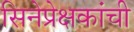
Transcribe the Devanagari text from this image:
सिनेप्रेक्षकांची